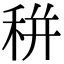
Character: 𥞩